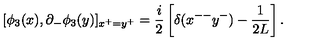
[ \phi _ { 3 } ( x ) , \partial _ { - } \phi _ { 3 } ( y ) ] _ { x ^ { + } = y ^ { + } } = \frac { i } { 2 } \left[ \delta ( x ^ { -- } y ^ { - } ) - \frac { 1 } { 2 L } \right] .